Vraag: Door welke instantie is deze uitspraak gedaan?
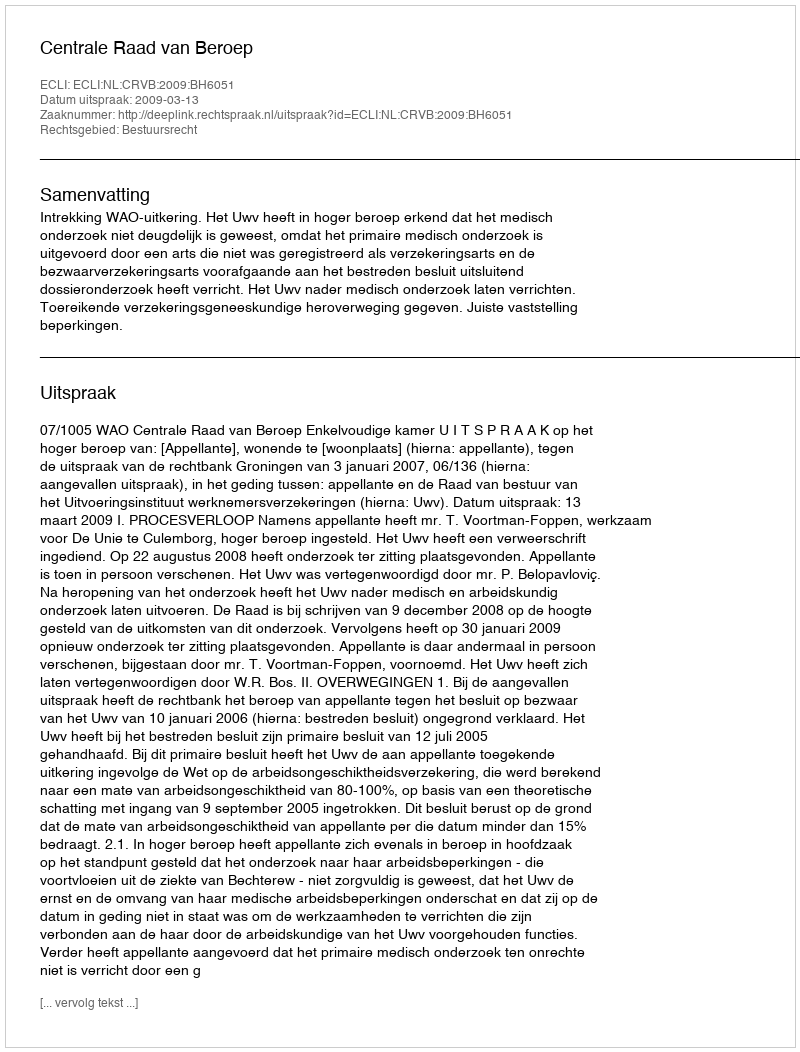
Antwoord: Centrale Raad van Beroep